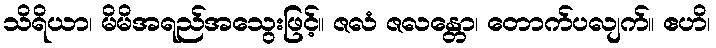
သိရိယာ၊ မိမိအရည်အသွေးဖြင့်။ ဇလံ ဇလန္တော၊ တောက်ပလျက်။ ဧဟိ၊